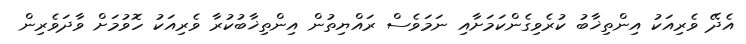
އެދޭ ވެރިއަކު އިންތިޚާބު ކުރެވިގެންކަމަށާއި ނަމަވެސް ރައްޔިތުން އިންތިޚާބުކުރާ ވެރިއަކު ހޮވުމަށް ވާދަވެރިން